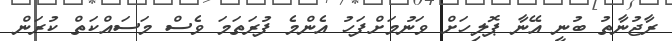
ރާޖުނާތު ބުނީ އޭނާ ޕޮލިހަށް ވަނުމަށްފަހު އެންމެ ފުރަތަމަ ވެސް މަސައްކަތް ކުރަން